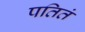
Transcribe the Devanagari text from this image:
पतितं